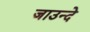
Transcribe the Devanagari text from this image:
जाउन्दे